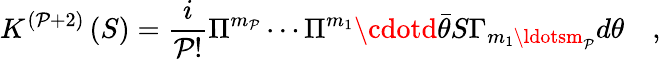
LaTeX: K^{\left(\mathcal{P}+2\right)}\left(S\right)=\frac{i}{{\mathcal{P}!}}\Pi^{m_{\mathcal{P}}}\cdots\Pi^{m_{1}}\cdotd\bar{{\theta}}S\Gamma_{m_{1}\ldotsm_{\mathcal{P}}}d\theta\quad,